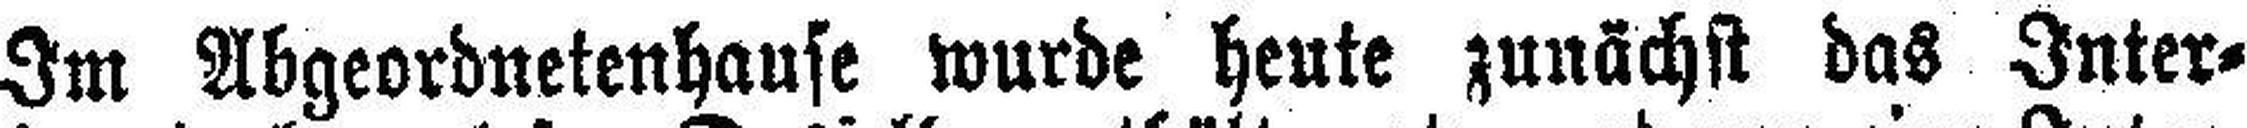
Im Abgeordnetenhause wurde heute zunächst das Inter¬